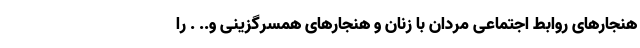
هنجارهای روابط اجتماعی مردان با زنان و هنجارهای همسرگزینی و.. . را